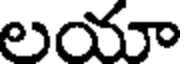
లయా